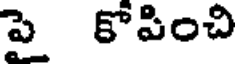
పై కోపించి